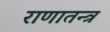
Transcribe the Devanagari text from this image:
राणातन्त्र